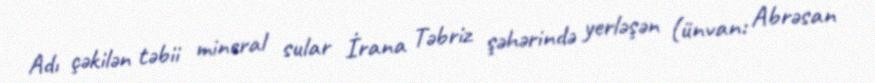
Adı çəkilən təbii mineral sular İrana Təbriz şəhərində yerləşən (ünvan: Abrəsan